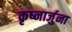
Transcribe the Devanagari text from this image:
कृष्नार्जुना